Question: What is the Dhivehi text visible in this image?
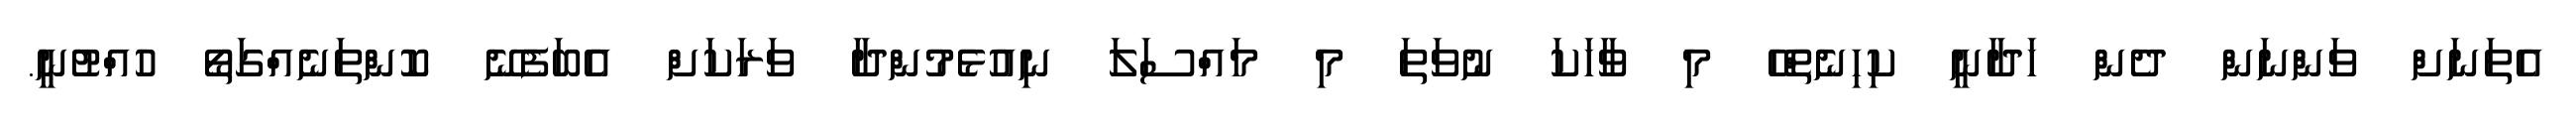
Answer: އެތަނަށް ވަންނަން ދެން ހަދާނީ ކިހިނެތްހޭ މި ވާހަކަ ނުވަތަ މި މައްސަލަ ނިއުޅެމުންދާ ވަރަކަށް އެބަފެނޭ ކޮންތަނެއްގަތޯ ހުއްޓުނީ.